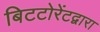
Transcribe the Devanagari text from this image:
बिटटोरेंटद्वारा